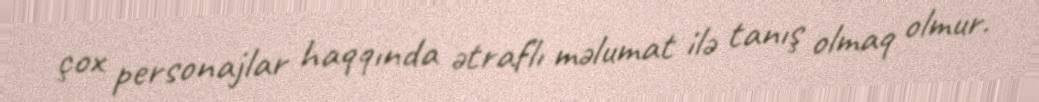
çox personajlar haqqında ətraflı məlumat ilə tanış olmaq olmur.